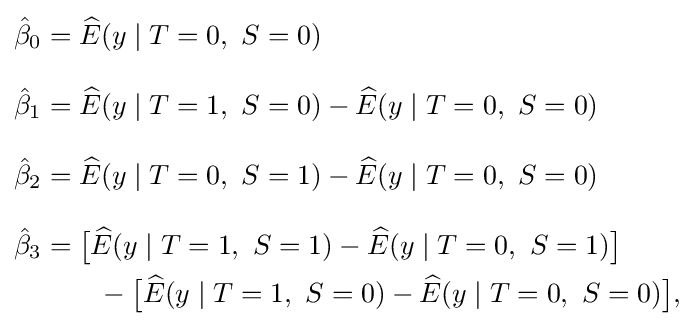
{\begin{aligned}{\hat {\beta }}_{0}&={\widehat {E}}(y\mid T=0,~S=0)\\[8pt]{\hat {\beta }}_{1}&={\widehat {E}}(y\mid T=1,~S=0)-{\widehat {E}}(y\mid T=0,~S=0)\\[8pt]{\hat {\beta }}_{2}&={\widehat {E}}(y\mid T=0,~S=1)-{\widehat {E}}(y\mid T=0,~S=0)\\[8pt]{\hat {\beta }}_{3}&={\big [}{\widehat {E}}(y\mid T=1,~S=1)-{\widehat {E}}(y\mid T=0,~S=1){\big ]}\\&\qquad {}-{\big [}{\widehat {E}}(y\mid T=1,~S=0)-{\widehat {E}}(y\mid T=0,~S=0){\big ]},\end{aligned}}